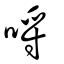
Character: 哷